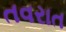
તવરાત